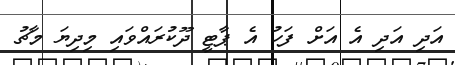
އަދި އަދި އެ އަށް ފަހު އެ ޕާޓީ ދޫކުރައްވައި މިދިޔަ މާޗު